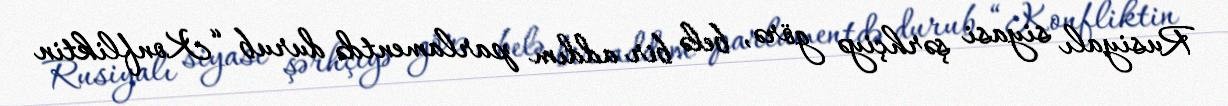
Rusiyalı siyasi şərhçiyə görə, belə bir addım parlamentdə durub “Konfliktin